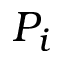
P _ { i }